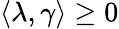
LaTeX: \langle\lambda,\gamma\rangle\geq 0